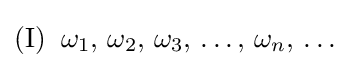
(\mathrm {I} )\;\;\omega _{1},\,\omega _{2},\,\omega _{3},\,\ldots ,\,\omega _{n},\,\ldots